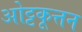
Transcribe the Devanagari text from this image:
ओट्टकूत्तन